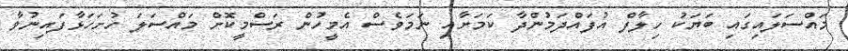
މައްސަލައިގައި ބަޔަކު ހިލާފް އުފައްދަމުންދާ ކަމަށާއި ނަމަވެސް އެމީހުން ރަސްމީކޮށް މައްސަލަ ހުށަހަޅާފައިނުވާ